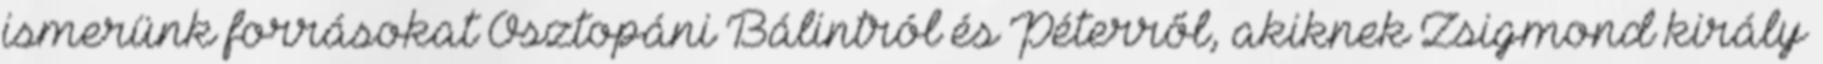
ismerünk forrásokat Osztopáni Bálintról és Péterről, akiknek Zsigmond király